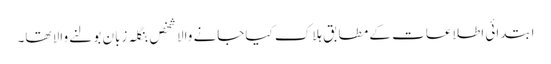
ابتدائی اطلاعات کے مطابق ہلاک کیاجانے والا شخص بنگلہ زبان بولنے والا تھا۔